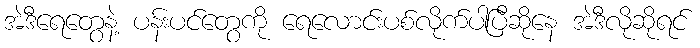
အဲဒီရေတွေနဲ့ ပန်းပင်တွေကို ရေလောင်းပစ်လိုက်ပါပြီဆိုနေ အဲဒီလိုဆိုရင်